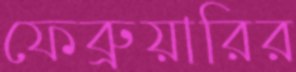
ফেব্রুয়ারির